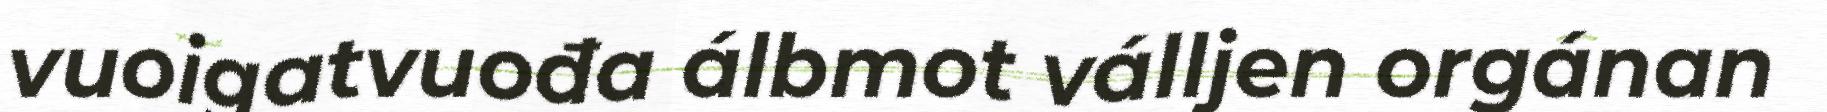
vuoigatvuođa álbmot válljen orgánan